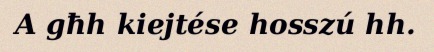
A għh kiejtése hosszú hh.